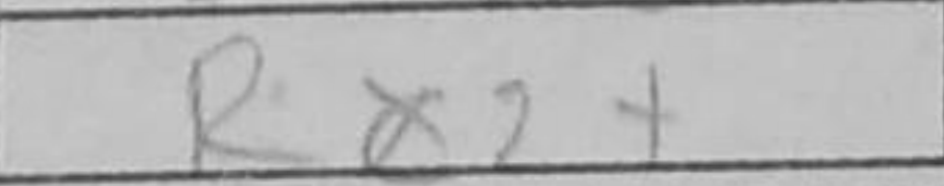
Transcription: Rc2+